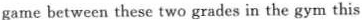
game between these two grades in the gym this